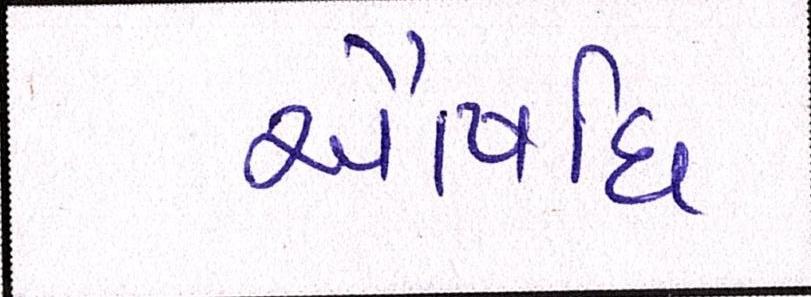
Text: ઔષધિ